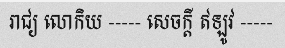
រាជ្យ លោកិយ ----- សេចក្តី ឥឡូវ -----